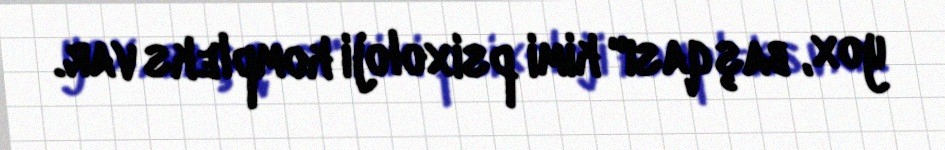
yox, başqası" kimi psixoloji kompleks var.